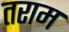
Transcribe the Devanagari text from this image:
तराम